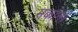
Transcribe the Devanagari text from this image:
मकान।